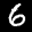
Label: 6